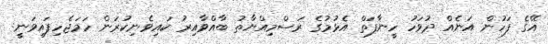
އޭގެ ފަހުން އަނެއް ދުވަހު ހީނާފަތް އެޅުމުގެ ރަސްމިއްޔާތު ބާއްވާއިރު ކައިވެނިކުރަން ހަމަޖެހިފައިވަނީ